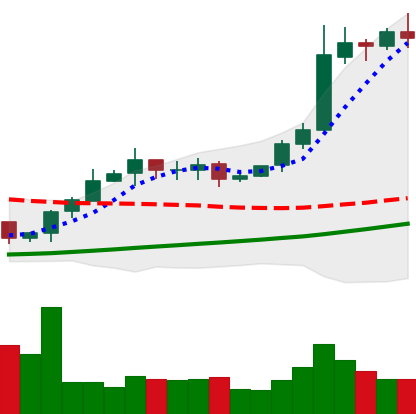
Ticker: BTC-USD
Chart end date: 2020-10-25
Forward return: 3.955%
Label: up_3_5